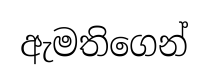
ඇමතිගෙන්